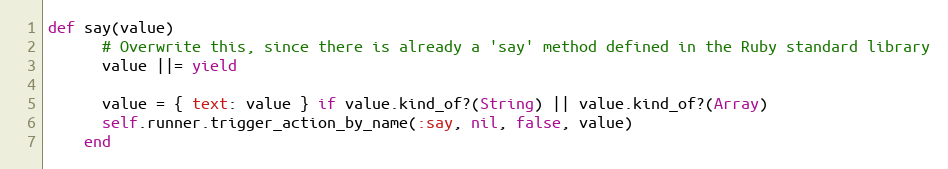
Language: Ruby
def say(value)
      # Overwrite this, since there is already a 'say' method defined in the Ruby standard library
      value ||= yield

      value = { text: value } if value.kind_of?(String) || value.kind_of?(Array)
      self.runner.trigger_action_by_name(:say, nil, false, value)
    end